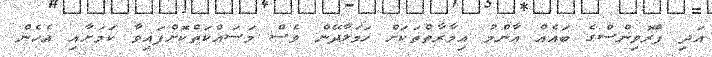
އަދި ޕްރޮވިންސްގެ ބައެއް އާންމު އިމާރާތްތަކަށް ހަމަލާދޭން ވެސް މަސައްކަތްކޮށްފައިވާ ކަމަށާއި އެހެން